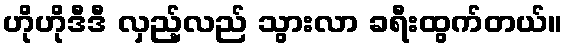
ဟိုဟိုဒီဒီ လှည့်လည် သွားလာ ခရီးထွက်တယ်။